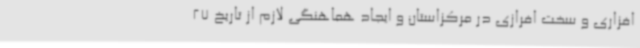
افزاری و سخت افرازی در مرکزاستان و ایجاد هماهنگی لازم از تاریخ 27